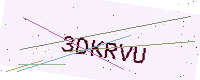
Text: 3DKRVU